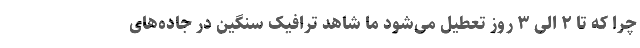
چرا که تا ۲ الی ۳ روز تعطیل می‌شود ما شاهد ترافیک سنگین در جاده‌های